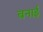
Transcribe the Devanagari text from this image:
बनार्इ